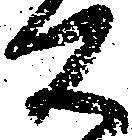
公